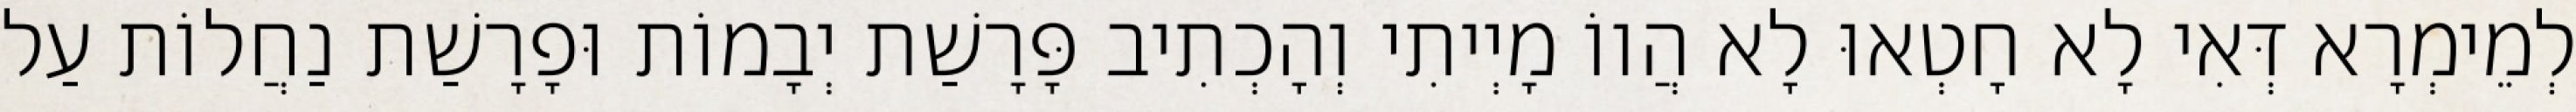
לְמֵימְרָא דְּאִי לָא חָטְאוּ לָא הֲווֹ מָיְיתִי וְהָכְתִיב פָּרָשַׁת יְבָמוֹת וּפָרָשַׁת נַחֲלוֹת עַל